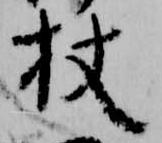
杖